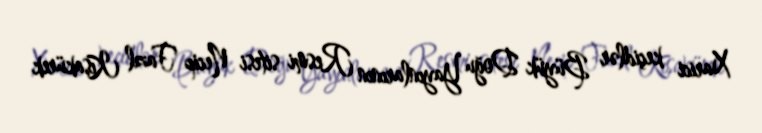
Xarici keçidlər Büyük Doğu Yayınlarının Resmi sitesi Necip Fazıl Kısakürek